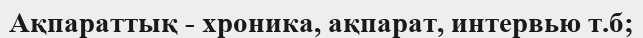
Ақпараттық - хроника, ақпарат, интервью т.б;